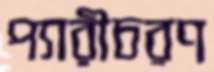
প্যারীচরণ